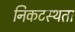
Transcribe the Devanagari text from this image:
निकटस्थता